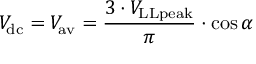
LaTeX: V _ { \mathrm { d c } } = V _ { \mathrm { a v } } = { \frac { 3 \cdot V _ { \mathrm { L L p e a k } } } { \pi } } \cdot \cos \alpha